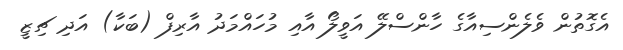
އެގޮތުން ވެލެންސިއާގެ ހާންސްލޭ އަވީލޯ އާއި މުހައްމަދު އާރިފް (ބަކާ) އަދި ޗިޒީ